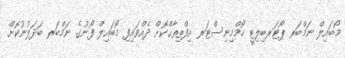
މޯބައިލް ނަމްބަރ ޕޯޓަރބިލިޓީ ހޯމްމިނިސްޓަރ އިފްތިތާޙްކޮށް ދެއްވައިފި މޯބައިލް ފޯނުގެ ނަމްބަރ ބަދަލުނުކޮށް